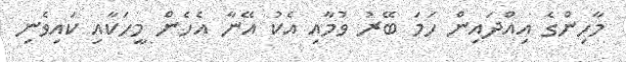
މާހިންގެ އިއްދައިން ހަމަ ބޭރު ވުމާއި އެކު އޭނާ އެހެން މީހަކާއި ކައިވެނި